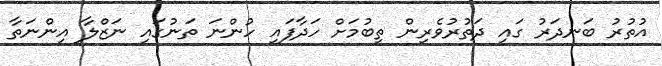
އުތުރު ބަނދަރު ގައި ދަތުރުވެރިން ތިބުމަށް ހަދާފައި ހުންނަ ތަނުގައި ނަޒްލާ އިންނަތާ